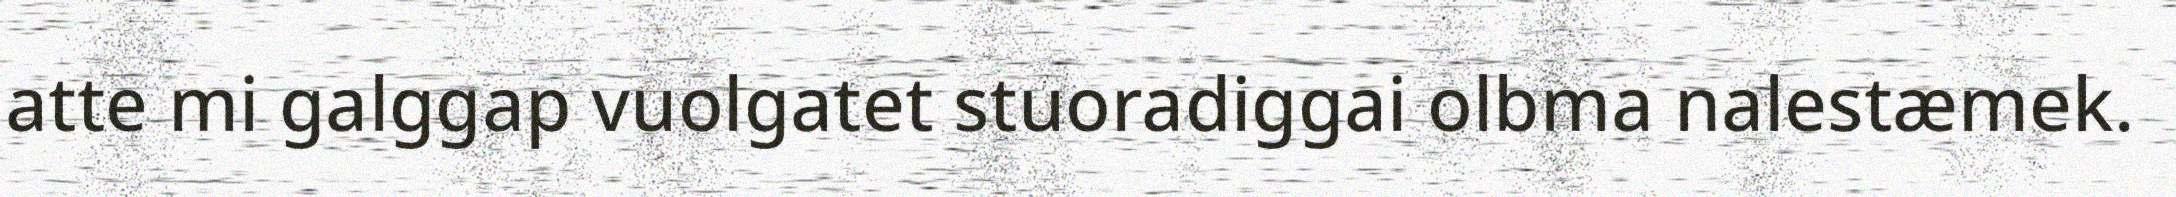
atte mi galggap vuolgatet stuoradiggai olbma nalestæmek.